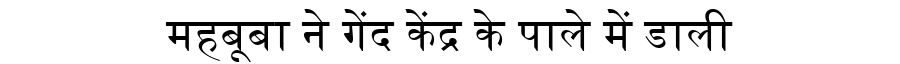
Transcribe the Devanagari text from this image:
महबूबा ने गेंद केंद्र के पाले में डाली